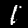
Label: 1